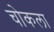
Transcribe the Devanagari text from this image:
चोकला